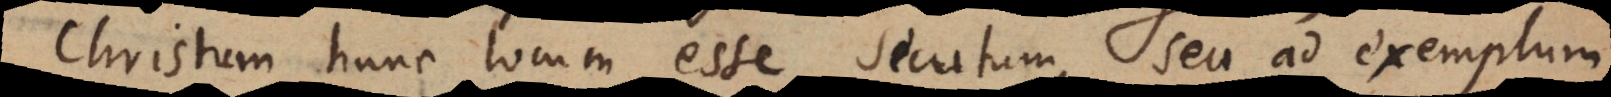
Christum hunc locum esse secutum, seu ad exemplum